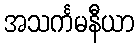
အသင်္ကမနီယာ